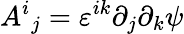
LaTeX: A^{i}{}_{j}=\varepsilon^{ik}\partial_{j}\partial_{k}\psi